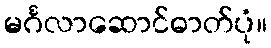
မင်္ဂလာဆောင်ဓာတ်ပုံ။